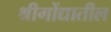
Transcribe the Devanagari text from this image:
श्रीगोंद्यातील